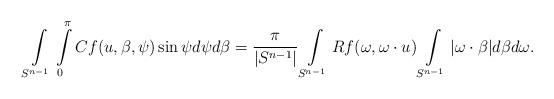
LaTeX: \begin{align*}\int\limits_{S^{n-1}} \int\limits_0^\pi Cf(u,\beta,\psi)\sin\psi d\psi d\beta= \frac{\pi}{|S^{n-1}|}\int\limits_{S^{n-1}}Rf(\omega,\omega\cdot u)\int\limits_{S^{n-1}}|\omega \cdot \beta|d\beta d\omega. \end{align*}